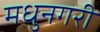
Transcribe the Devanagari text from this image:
मधुनगरी